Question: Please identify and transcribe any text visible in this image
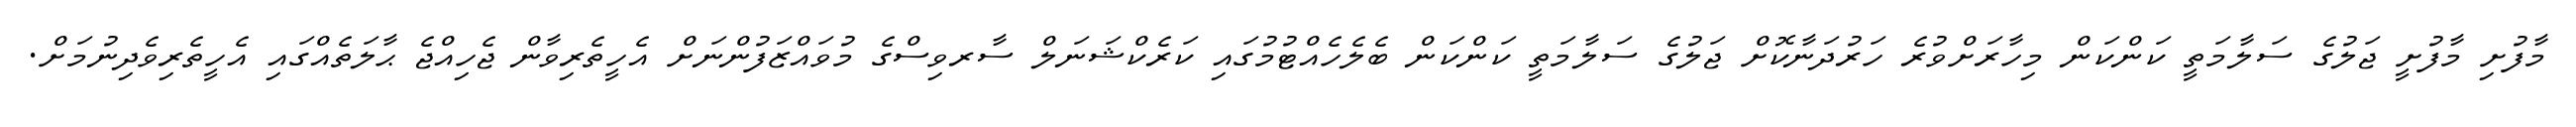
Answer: މާފުށި މާފުށީ ޖަލުގެ ސަލާމަތީ ކަންކަން މިހާރަށްވުރެ ހަރުދަނާކޮށް ޖަލުގެ ސަލާމަތީ ކަންކަން ބެލެހެއްޓުމުގައި ކަރެކްޝަނަލް ސާރވިސްގެ މުވައްޒަފުންނަށް އެހީތެރިވާން ޖެހިއްޖެ ޙާލަތެއްގައި އެހީތެރިވެދިނުމަށް.